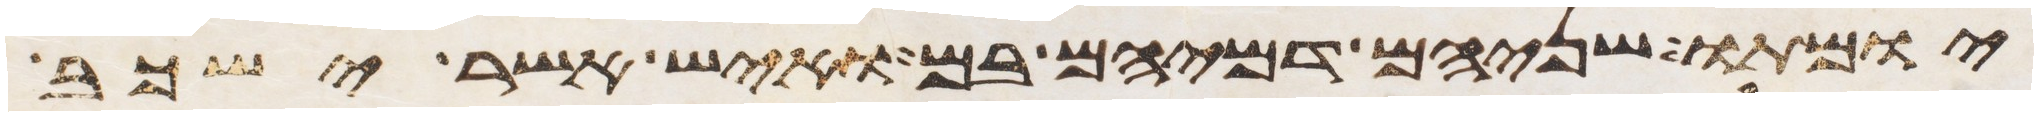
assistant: יומתו שניהם דמיהם בם ואיש אשר ישכב